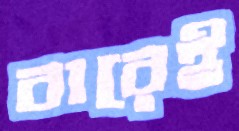
বারেই